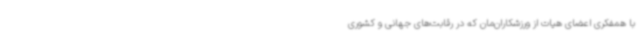
با همفکری اعضای هیات از ورزشکاران‌مان که در رقابت‌های جهانی و کشوری